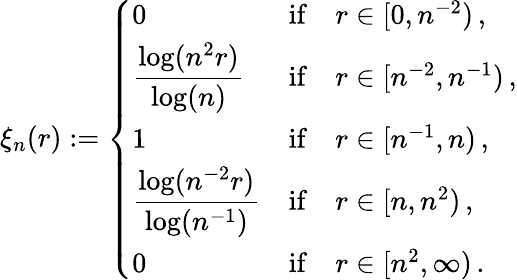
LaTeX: \xi_{n}(r):=\left\{ \begin{array}{ll}{0}&{\mathrm{if}\quad r\in[0,n^{-2})\, ,}\\ {\displaystyle\frac{\log(n^{2}r)}{\log(n)}}&{\mathrm{if}\quad r\in[n^{-2},n^{-1})\, ,}\\ {1}&{\mathrm{if}\quad r\in[n^{-1},n)\, ,}\\ {\displaystyle\frac{\log(n^{-2}r)}{\log(n^{-1})}}&{\mathrm{if}\quad r\in[n,n^{2})\, ,}\\ {0}&{\mathrm{if}\quad r\in[n^{2},\infty)\, .}\end{array}\right.